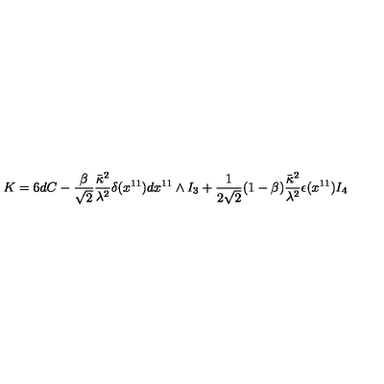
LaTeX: K = 6 d C - \frac { \beta } { \sqrt { 2 } } \frac { \bar { \kappa } ^ { 2 } } { \lambda ^ { 2 } } \delta ( x ^ { 1 1 } ) d x ^ { 1 1 } \wedge I _ { 3 } + \frac { 1 } { 2 \sqrt { 2 } } ( 1 - \beta ) \frac { \bar { \kappa } ^ { 2 } } { \lambda ^ { 2 } } \epsilon ( x ^ { 1 1 } ) I _ { 4 }